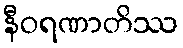
နီဝရဏာတိဿ